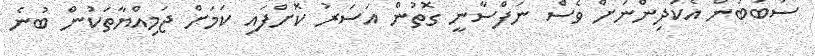
ސަބަބުން އެކުދިންނަށް ވެސް ނަފްސާނީ ގޮތުން އަސަރު ކޮށްފައި ކަމަށް ޖަމިއްޔާތަކުން ބުނެ